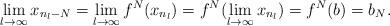
LaTeX: \begin{align*}\lim\limits_{l\to\infty}x_{n_{l}-N}=\lim\limits_{l\to\infty}f^{N}(x_{n_{l}})=f^{N}(\lim_{l\to\infty}x_{n_{l}})=f^{N}(b)=b_{N}.\end{align*}